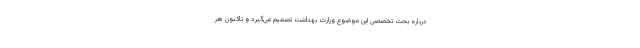
درباره بحث تخصصی این موضوع وزارت بهداشت تصمیم می‌گیرد و تاکنون هر